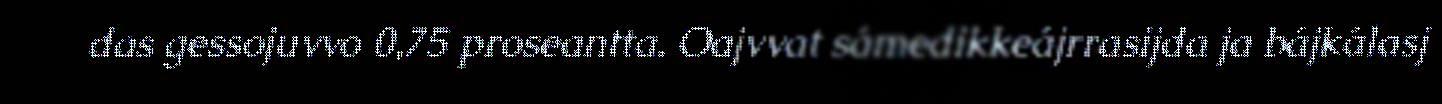
das gessojuvvo 0,75 proseantta. Oajvvat sámedikkeájrrasijda ja bájkálasj